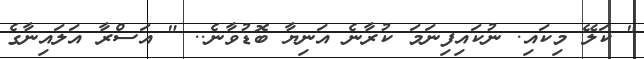
" ކަލޭ މިކައި. ނުކައިފިނަމަ ކުރާނެ އަނިޔާ ބޮޑުވާނެ.. " އަސްރާ އަލައިނާގެ